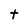
Character: t